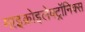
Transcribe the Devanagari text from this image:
माइक्रोइलेक्ट्रॉनिक्स